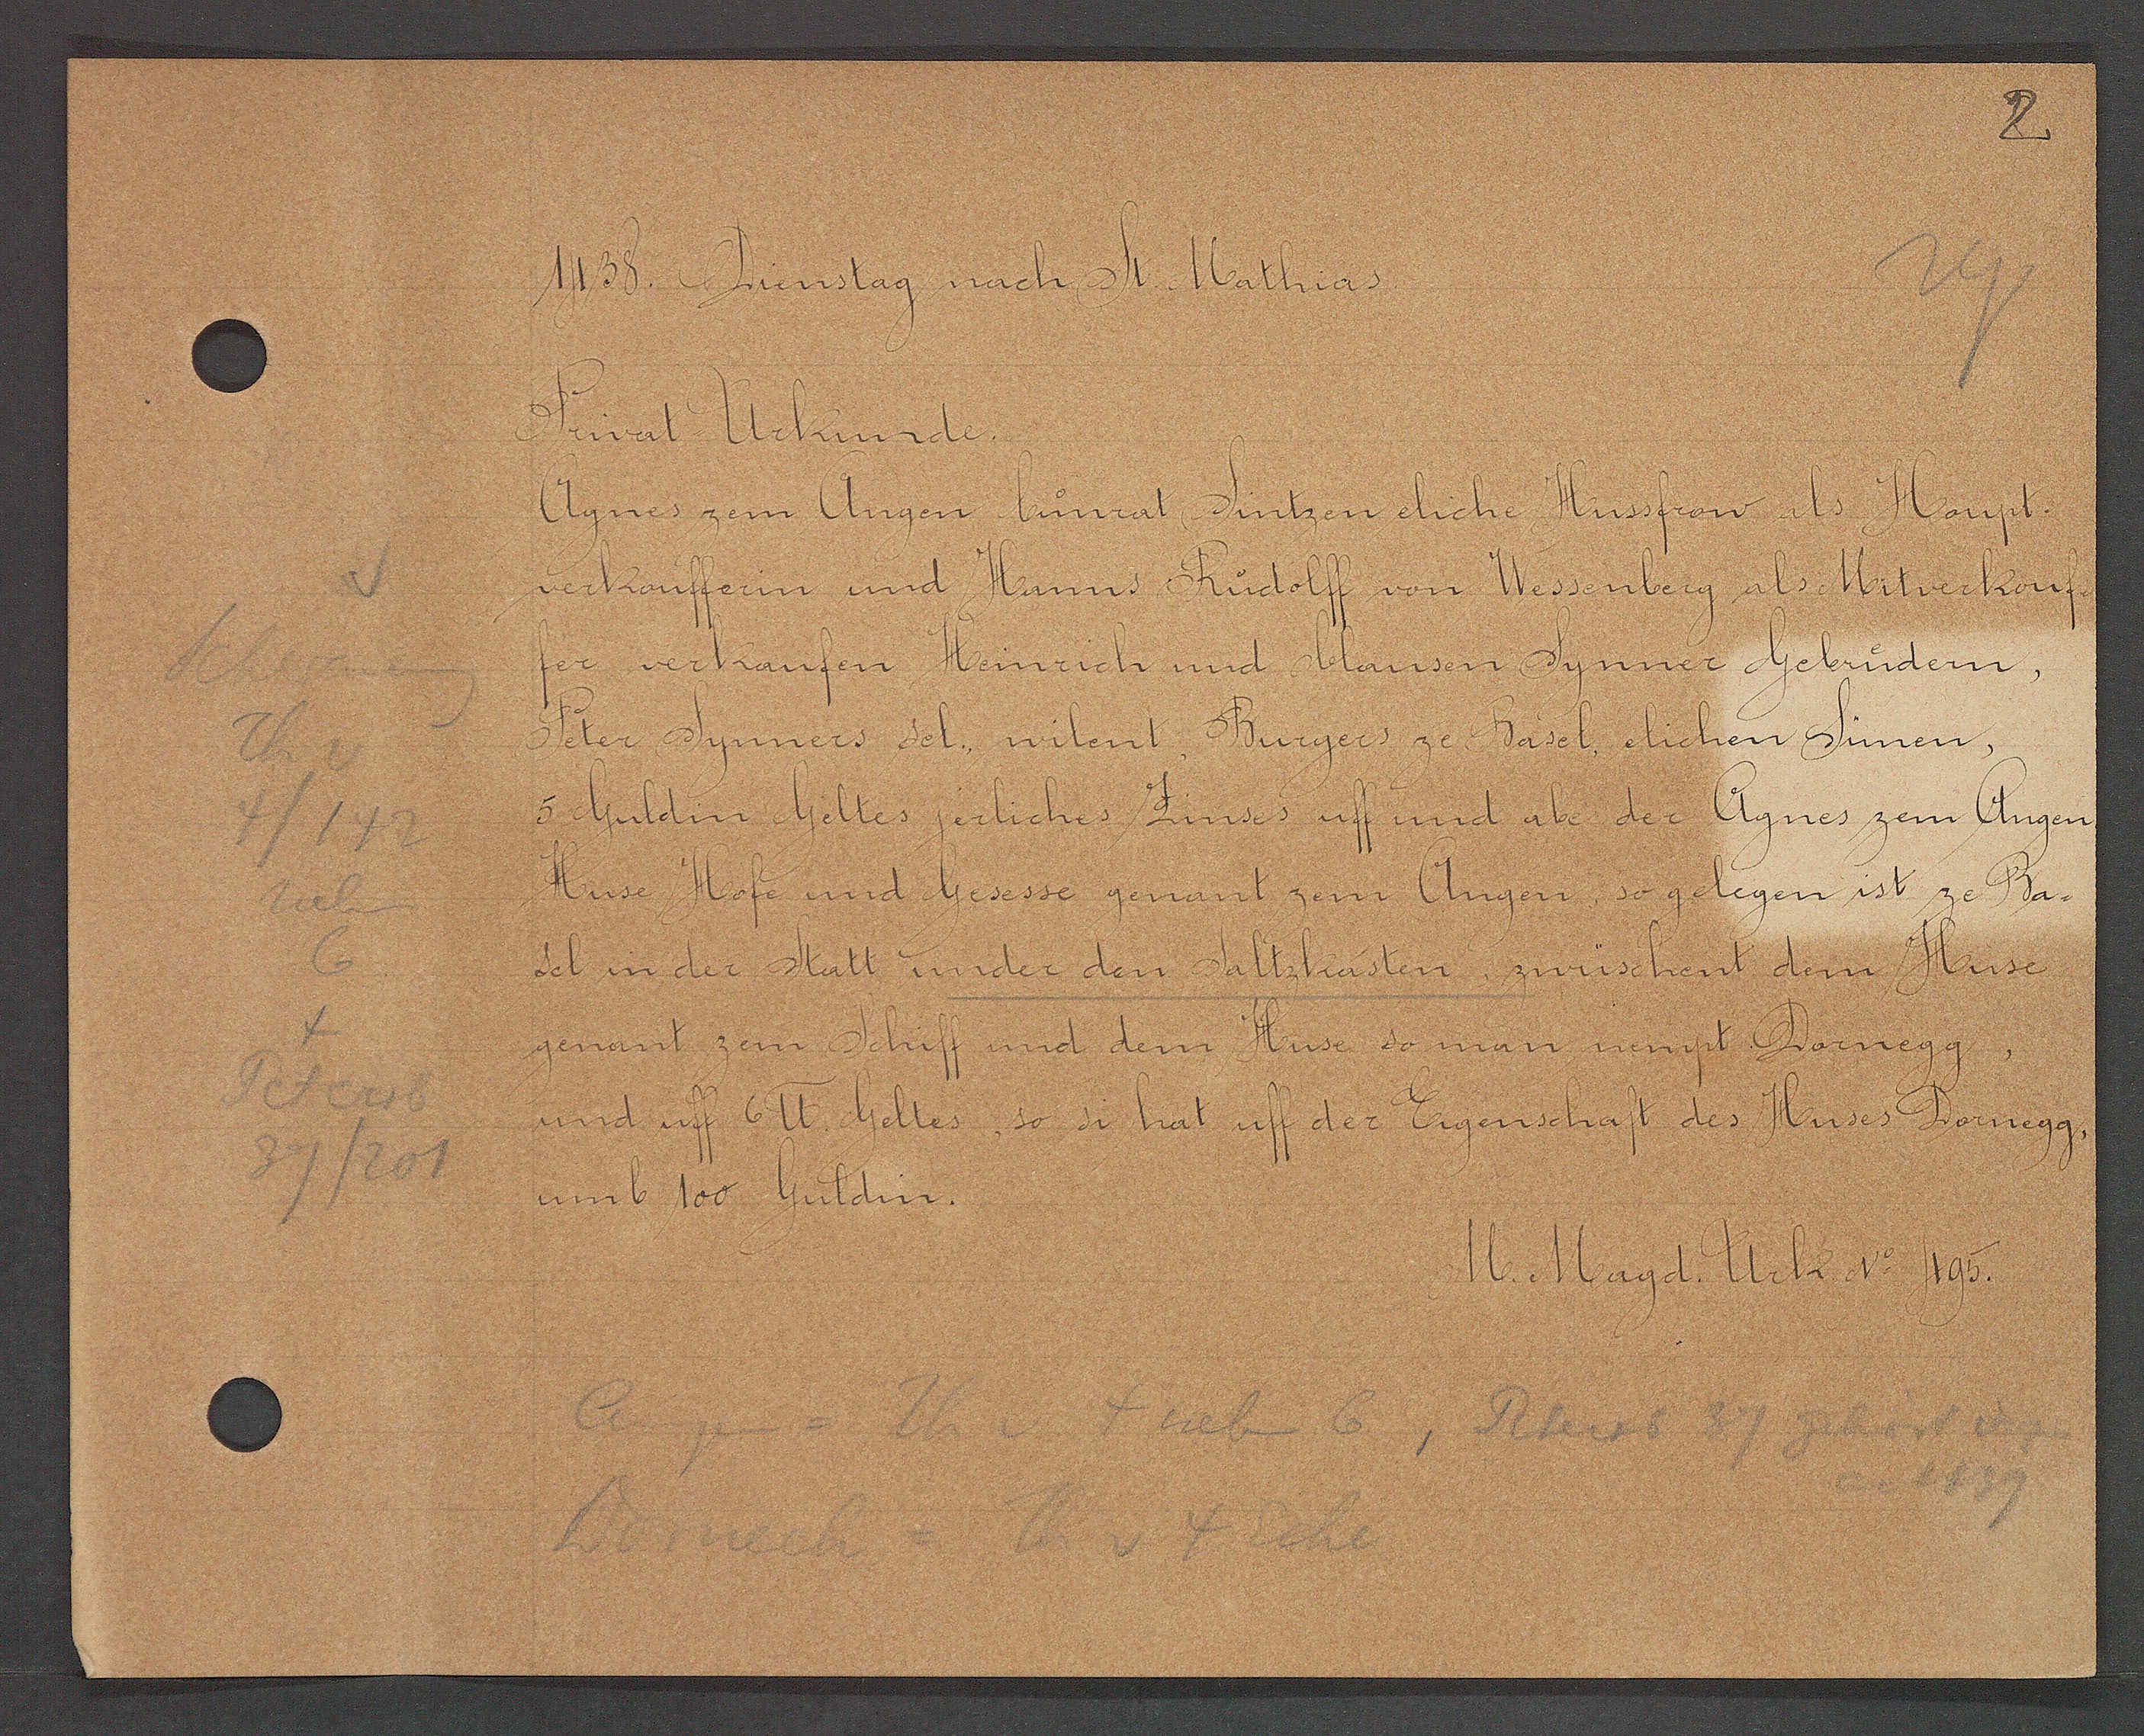
Transcript:
Schwaneng
Th v
4/112
neben
6
4
Petersb
37/201

1438. Dienstag nach St. Mathias.

Privat Urkunde.
Agnes zem Angen Cunrat Sintzen eliche Hussfrow als Houpt¬
verkoufferin und Hanns Rudolff von Wessenberg als Mitverkouf-
er verkaufen Heinrich und Clansen Synner Gebrudern,
Peter Synners sel. wilent Burgers ze Basel elichen Sunen,
5 Guldin Geltes jerliches Zinses uff und ab der Agnes zem Angen
Huse Hofe und Gesesse genant zem Angen, so gelegen ist ze Ba-
sel in der Statt under den Saltzkasten zwüschent dem Huse
genant zem Schiff und dem Huse so man nempt Dornegg
und uff 6 ℔ Geltes, so si hat uff der Eigenschaft des Huses Dornegg,
umb 100 Guldin.

M. Magd. Urk. No 495.

Angen = Th v 4 neben 6, Peters 37 gehört eig.
ao 1439
Dorneck = Th v 4 Ecke